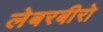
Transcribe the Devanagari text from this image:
लेबरबीरो